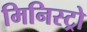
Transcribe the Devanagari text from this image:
मिनिस्ट्रो